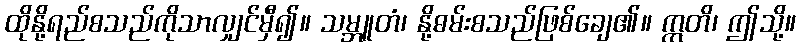
ထိုနို့ရည်စသည်ကိုသာလျှင်မှီ၍။ သမ္ဘူတံ၊ နို့ဓမ်းစသည်ဖြစ်ချေ၏။ ဣတိ၊ ဤသို့။